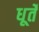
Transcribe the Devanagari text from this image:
धूर्ते